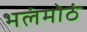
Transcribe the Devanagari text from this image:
भलंमोठं